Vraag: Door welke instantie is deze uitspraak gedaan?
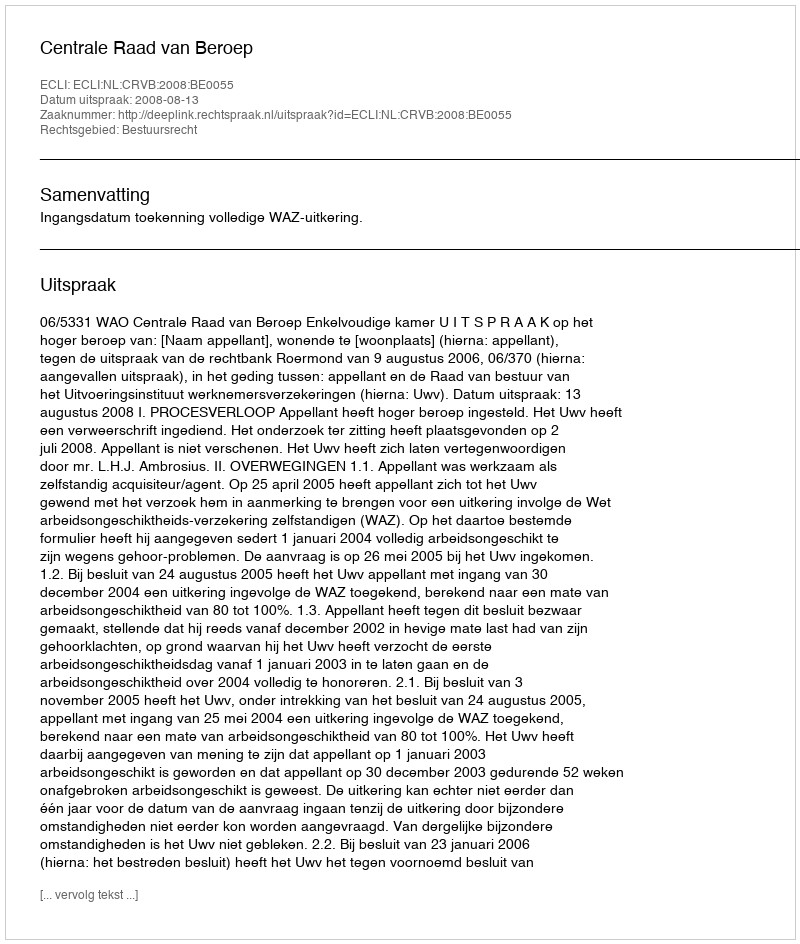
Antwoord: Centrale Raad van Beroep